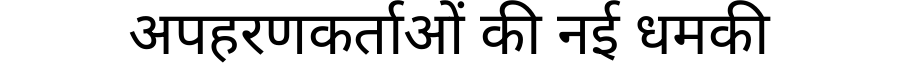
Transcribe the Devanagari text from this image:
अपहरणकर्ताओं की नई धमकी